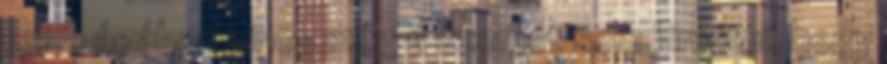
esze ágában sincs még a szemét sem kinyitni, hogy